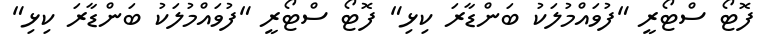
ފޮޓޯ ސްޓޯރީ "ފުވައްމުލަކު ބަންޑާރަ ކިޅި" ފޮޓޯ ސްޓޯރީ "ފުވައްމުލަކު ބަންޑާރަ ކިޅި"